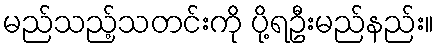
မည်သည့်သတင်းကို ပို့ရဦးမည်နည်း။